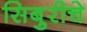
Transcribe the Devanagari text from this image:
सिबुरीचे